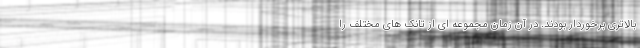
بالاتری برخوردار بودند. در آن زمان مجموعه ای از تانک های مختلف را